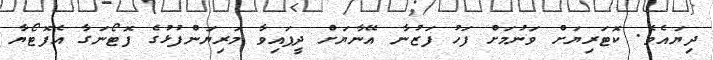
ދިޔައެވެ. ކޮޓަރިޔަށް ވަނުމަށް ފަހު ފަޒުނާ އޭނާޔަށް ދީފައިވާ މަރިޔަންފުޅުގެ ފޮޓޯނަގާ އެފޮޓޯޔާ